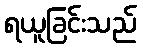
ရယူခြင်းသည်